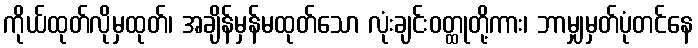
ကိုယ်ထုတ်လိုမှထုတ်၊ အချိန်မှန်မထုတ်သော လုံးချင်းဝတ္ထုတို့ကား၊ ဘာမျှမှတ်ပုံတင်နေ